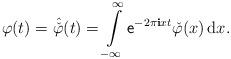
LaTeX: \begin{align*}\varphi (t) = \hat{\check{\varphi}} (t) =\int\limits_{-\infty}^{\infty}\mathsf{e}^{-2\pi\mathbf{i} xt}\check{\varphi}(x)\,\mathrm{d}x.\end{align*}